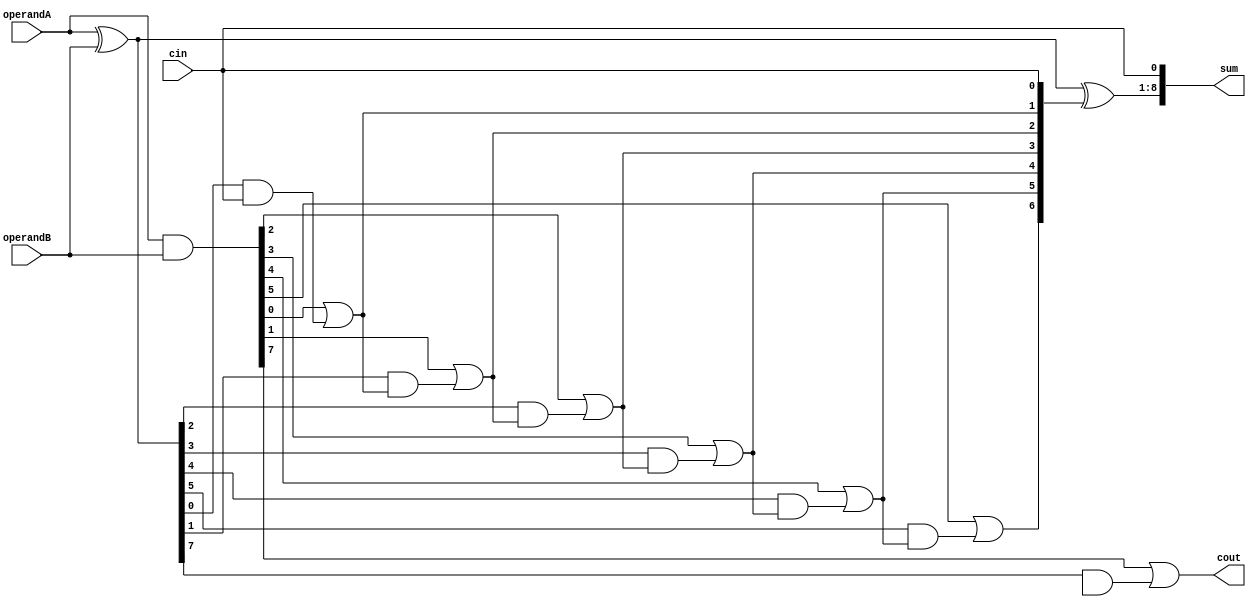
module CarrySkipAdder(
    input wire [7:0] operandA,
    input wire [7:0] operandB,
    input wire cin,
    output wire [8:0] sum,
    output wire cout
);

wire [7:0] g, p;
wire [6:0] c;

assign g = operandA & operandB;
assign p = operandA ^ operandB;

assign c[0] = cin;

genvar i;
generate
    for (i = 0; i < 7; i = i + 1) begin : carry_generate
        assign c[i+1] = g[i] | (p[i] & c[i]);
    end
endgenerate

assign sum[0] = cin;
assign sum[1:8] = p ^ c;

assign cout = g[7] | (p[7] & c[7]);

endmodule